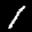
Label: 1